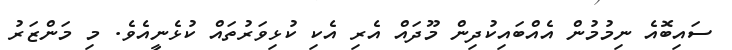
ސައިބޮއެ ނިމުމުން އެއްބައިކުދިން މޫދައް އެރި އެކި ކުޅިވަރުތައް ކުޅެނީއެވެ. މި މަންޒަރު